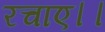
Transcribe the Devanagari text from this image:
रचाए।।